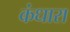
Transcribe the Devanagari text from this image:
कंधारा